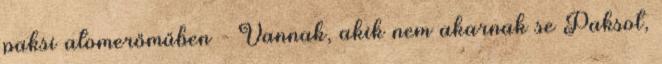
paksi atomerőműben - Vannak, akik nem akarnak se Paksot,